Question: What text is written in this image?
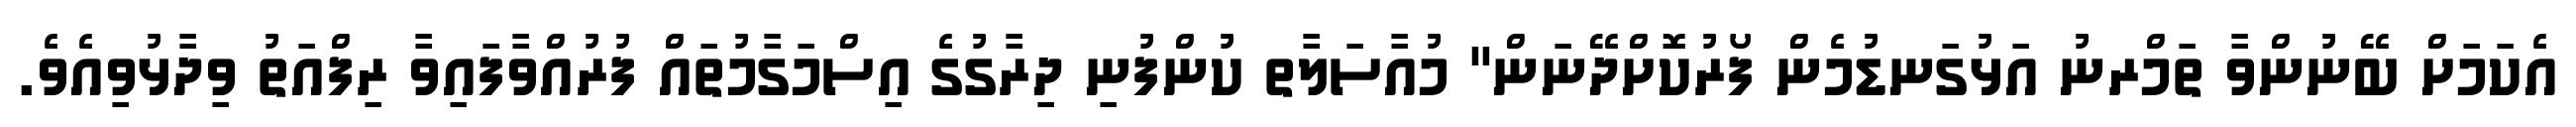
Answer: އެކަމަށް ބޭނުންވާ ތަމްރނު އަޅުގަނޑުމެން ފޯރުކޮށްދޭނަން" މުއާސަލާތ ކުންފުނި ދިރާގުގެ އިސްމަގާމުތައް ފުރުއްވާފައިވާ ރިފްއަތު ވިދާޅުވިއެވެ.